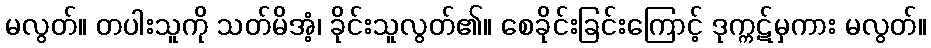
မလွတ်။ တပါးသူကို သတ်မိအံ့၊ ခိုင်းသူလွတ်၏။ စေခိုင်းခြင်းကြောင့် ဒုက္ကဋ်မှကား မလွတ်။